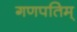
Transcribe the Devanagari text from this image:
गणपतिम्‌